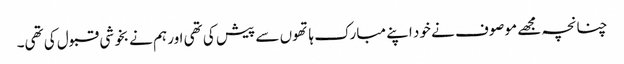
چنانچہ مجھے موصوف نے خود اپنے مبارک ہاتھوں سے پیش کی تھی اور ہم نے بخوشی قبول کی تھی۔